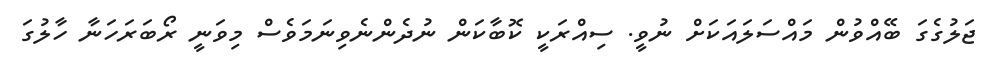
ޖަލުގެގަ ބޭއްވުން މައްސަލައަކަށް ނުވީ. ސިއްރަކީ ކޮބާކަން ނުދެންނެވިނަމަވެސް މިވަނީ ރޯބަރަހަނާ ހާލުގަ